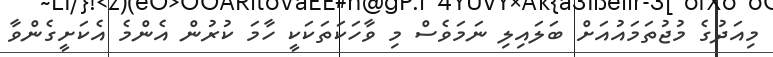
މިއަދުގެ މުޖުތަމައުއަށް ބަލައިލި ނަމަވެސް މި ވާހަަކަތަކަކީ ހާމަ ކުރުން އެންމެ އެކަށީގެންވާ